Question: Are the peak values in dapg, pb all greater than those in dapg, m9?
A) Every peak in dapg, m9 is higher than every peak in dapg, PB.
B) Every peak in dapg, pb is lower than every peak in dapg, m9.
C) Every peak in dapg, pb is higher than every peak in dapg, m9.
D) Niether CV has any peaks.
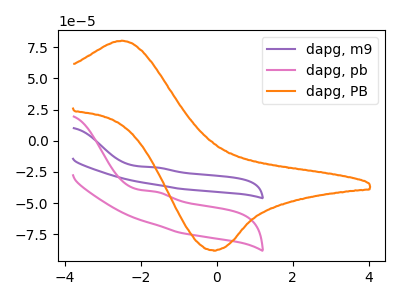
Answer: <think>The purple curve "dapg, m9" has an anodic peak at: (-1.60V, -21.30uA). The pink curve "dapg, pb" has an anodic peak at: (-1.60V, -40.80uA). The orange curve "dapg, PB" has an anodic peak at (-2.50V, 80.30uA) and a cathodic peak at (-0.10V, -87.75uA).</think>
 <answer>B) Every peak in "dapg, pb" is lower than every peak in "dapg, m9".</answer>
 <eval>B</eval>